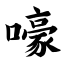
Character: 嚎